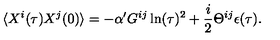
\langle X ^ { i } ( \tau ) X ^ { j } ( 0 ) \rangle = - \alpha ^ { \prime } G ^ { i j } \ln ( \tau ) ^ { 2 } + \frac { i } { 2 } \Theta ^ { i j } \epsilon ( \tau ) .